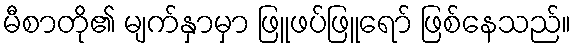
မီစာတို၏ မျက်နှာမှာ ဖြူဖပ်ဖြူရော် ဖြစ်နေသည်။